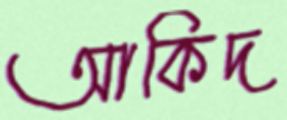
আকিদ